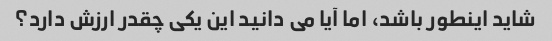
شاید اینطور باشد، اما آیا می دانید این یکی چقدر ارزش دارد؟